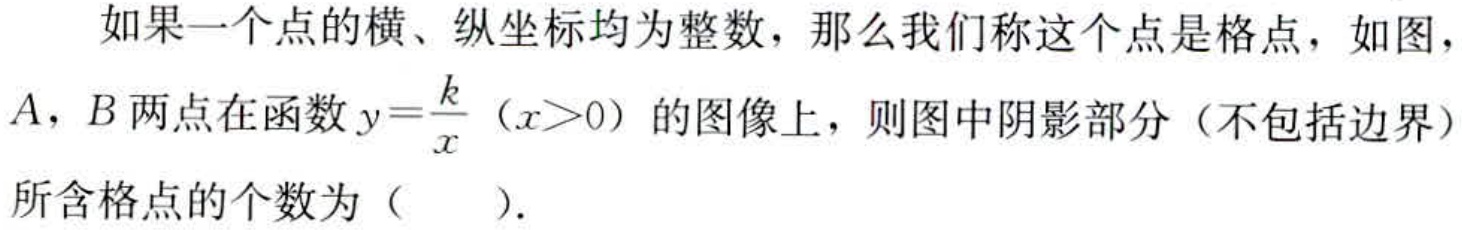
如果一个点的横、纵坐标均为整数，那么我们称这个点是格点，如图，$A$，$B$两点在函数$y = \frac{k}{x}$（$x>0$）的图像上，则图中阴影部分（不包括边界）所含格点的个数为（  ）.